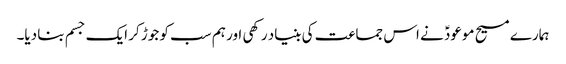
ہمارے مسیح موعودؑ نے اس جماعت کی بنیاد رکھی اور ہم سب کو جوڑ کر ایک جسم بنا دیا۔